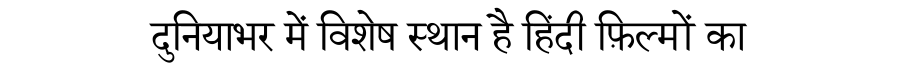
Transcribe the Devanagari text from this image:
दुनियाभर में विशेष स्थान है हिंदी फ़िल्मों का